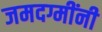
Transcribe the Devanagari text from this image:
जमदग्मींनी